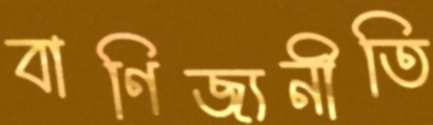
বাণিজ্যনীতি